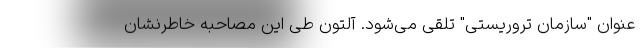
عنوان "سازمان تروریستی" تلقی می‌شود. آلتون طی این مصاحبه خاطرنشان